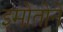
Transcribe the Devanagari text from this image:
इमोतोने